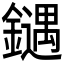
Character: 𰽍